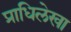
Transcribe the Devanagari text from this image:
प्राधिलेखा